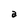
Character: a